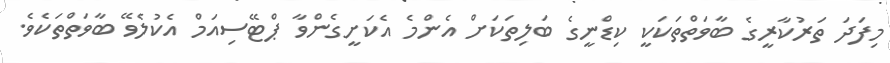
މިފަދަ ތަރުކާރީގެ ބާވަތްތަކަކީ ކިޑްނީގެ ބަލިތަކަށް އެންމެ އެކަށީގެންވާ ޕްޓޭސިއަމް އެކުލެވޭ ބާވަތްތަކެވެ.